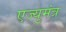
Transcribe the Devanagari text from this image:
एज्युमंत्र